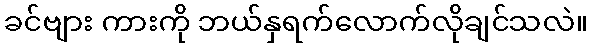
ခင်ဗျား ကားကို ဘယ်နှရက်လောက်လိုချင်သလဲ။